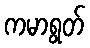
ကမာရွတ်